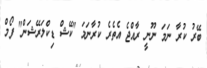
ބޭރު ކުރާ ނަމަ ނޫނީ ރާއްޖެ އެތެރެ ކުރާނަމަ "ކޭޝް ޑިކްލަރޭޝަން" ފޯމް